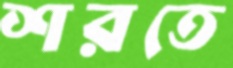
শরতে